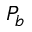
P _ { b }